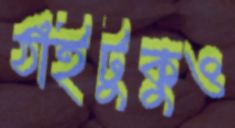
ঠাঁইটুকুও